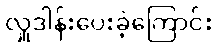
လှူဒါန်းပေးခဲ့ကြောင်း